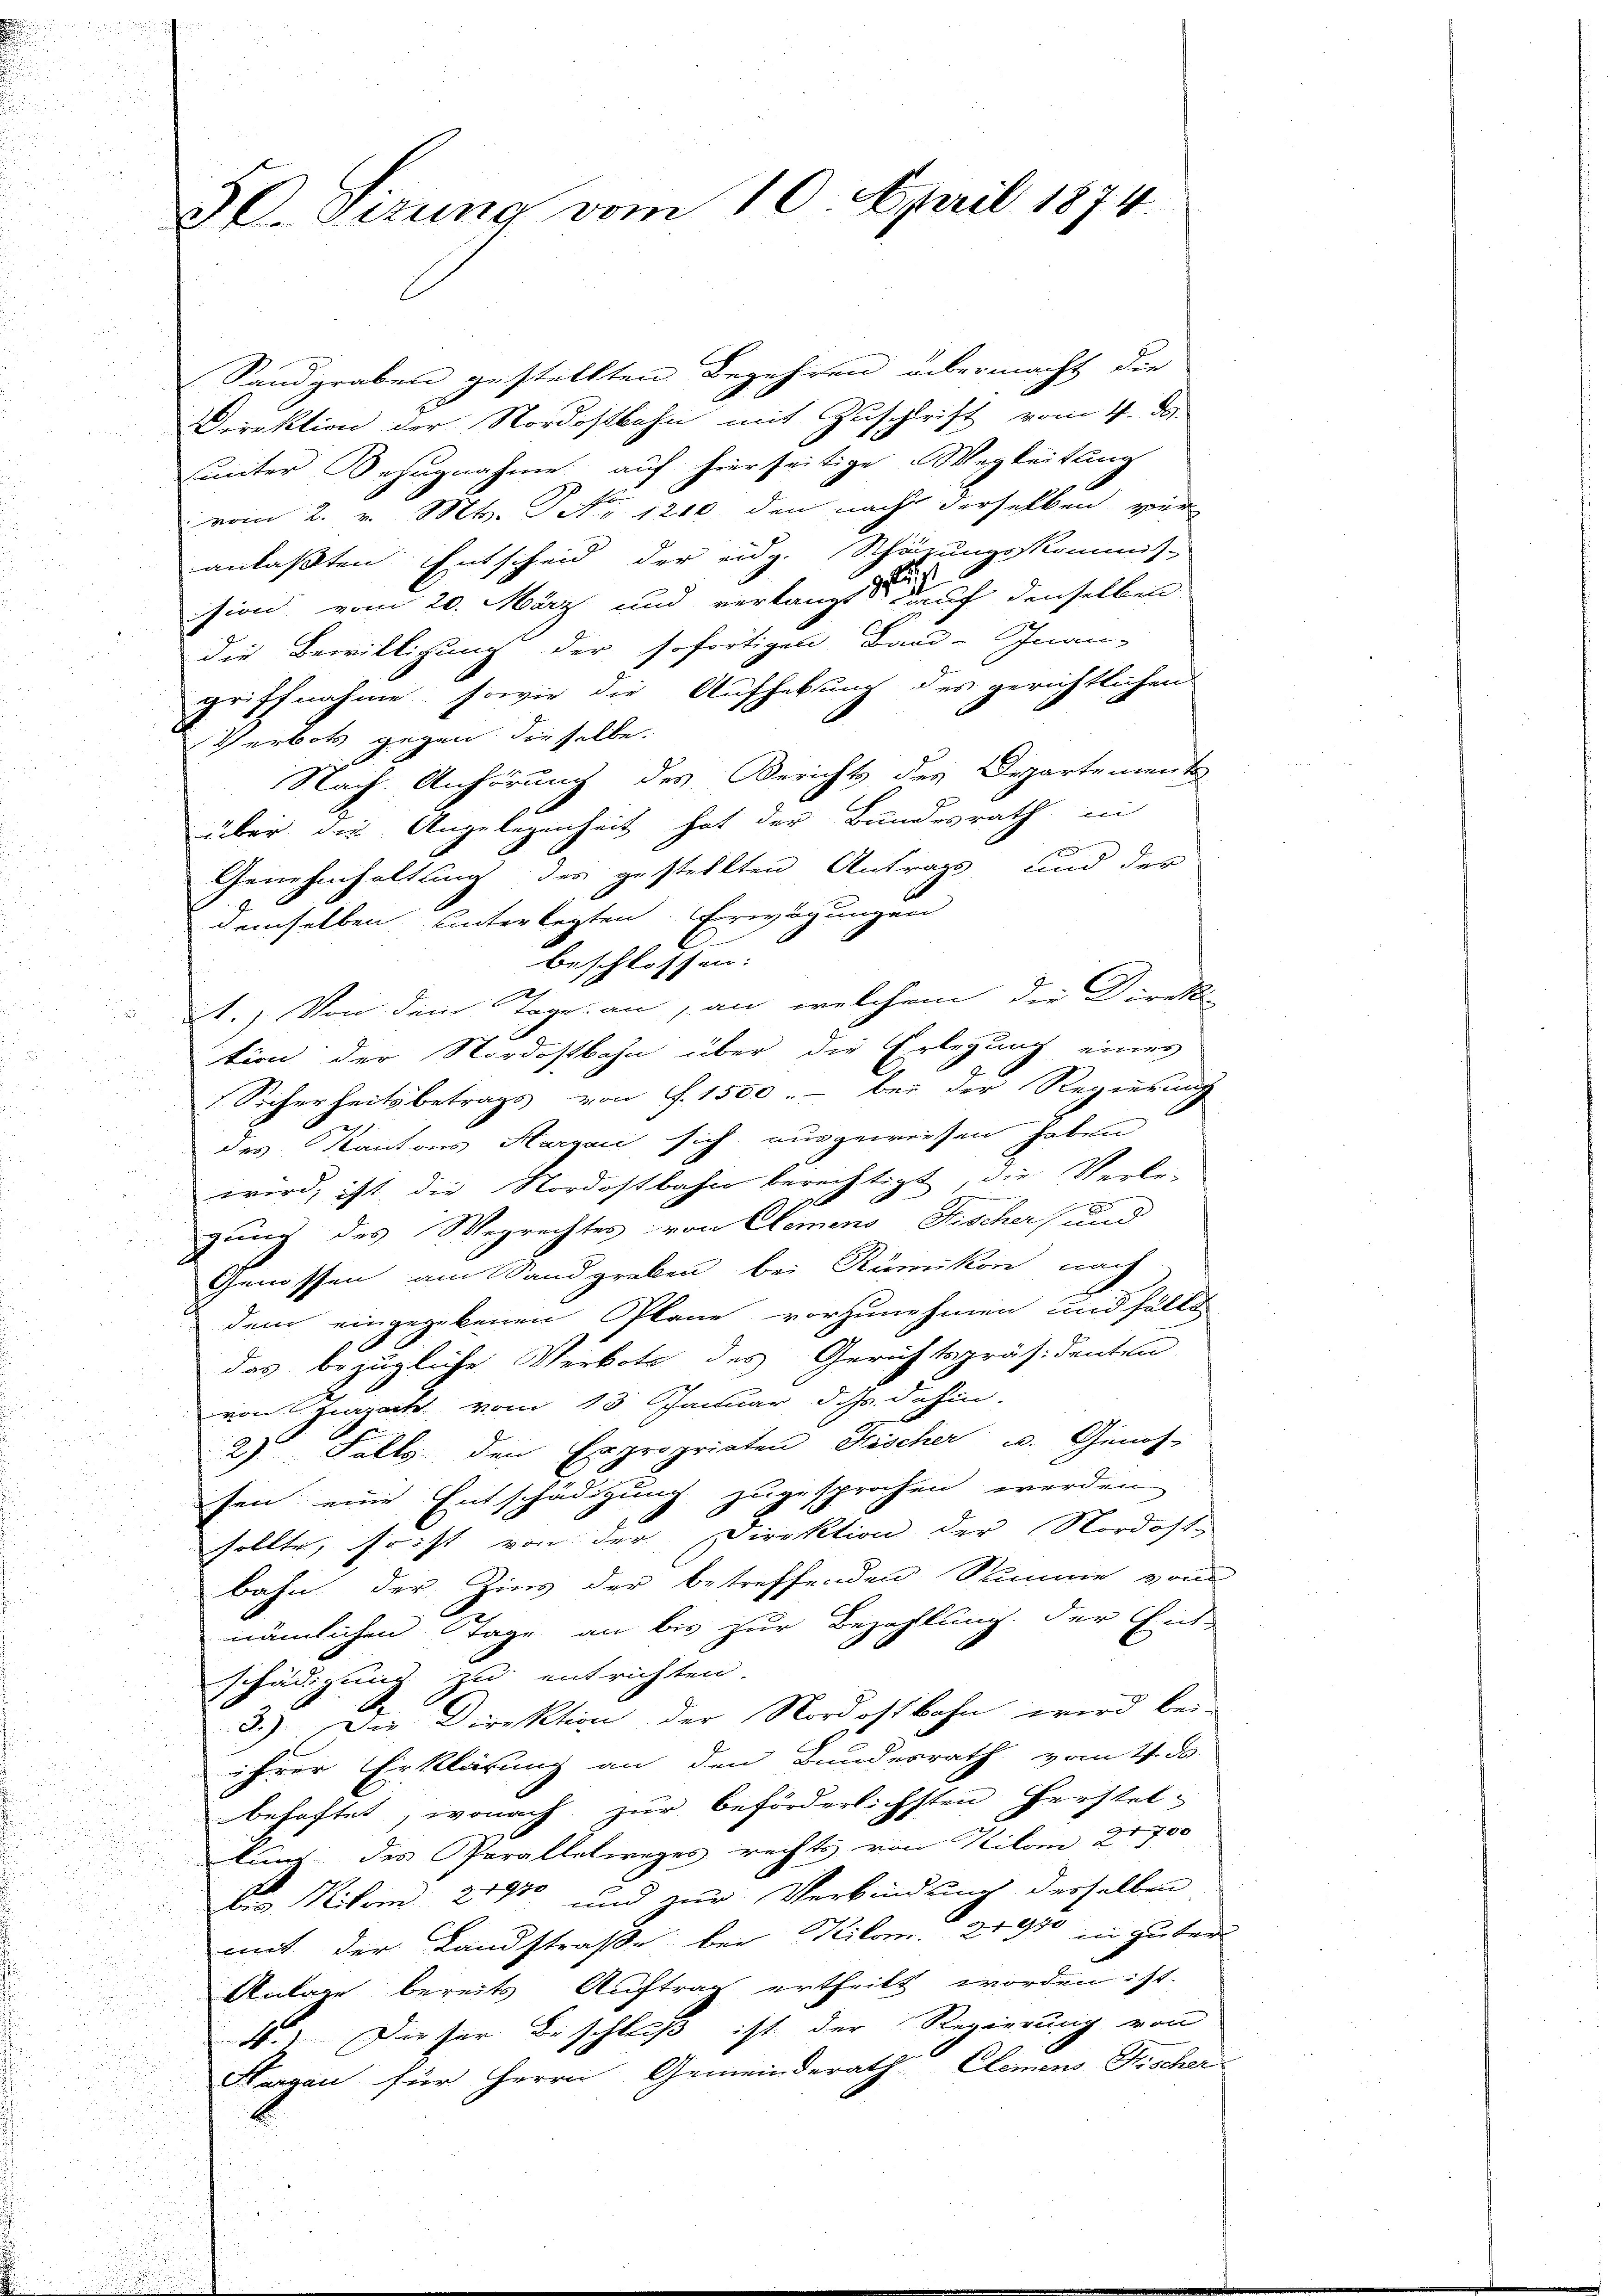
30. Sizung vom 10. April 1874.

Sandgraben gestellten Begehren übermacht die
Direktion der Nordostbahn mit Zuschrift vom 4. ds.
sunter Bezugnahme auf hierseitige Wegleitung
vom 2. v. Mts. Nr. 1210 den nach derselben ver
anlaßten Entscheid der eidg. Schäzungskommis-
2
sion vom 20. März und verlangt auf denselben
die Bewilligung der sofortigen Band-Inan-
griffnahme, sowie die Aufhebung des gerichtlichen
Ich erbots gegen dieselbe.
Nach Anhörung des Berichts des Departements
über die Angelegenheit hat der Bundesrath in
Genehmhaltung des gestellten Antrags und der
demselben unterlegten. Erwägungen
l.
beschlossen.
1.) Von dem Tage an an, welchem die Direkt
tion der Nordostbahn über die Erlegung einer
Sicherheitsbetrags von S. 1500.- bei der Regierung
des Kantons Hargau sich ausgeweisen haben
u
wird, ist, die Nordostbahn berechtigt, die Verle-
5
gung des Wegrechtes von Clemens Fischer und
Genossen am Sandgraben bei Rümikon nach
dem eingegebenen Pläne vorzunehmen und sollt
das bezügliche Verbote des Gerichtspräsidenten
von Zurzach vom 13. Januar d. Js. dahin.
2 Falls den Expropriaten Fischer u. Genos-
sen eine Entschädigung zugesprochen werden
sollte, frist von der Direktion der Nordost-
bahn der Zins der betreffenden Summe vom
nämlichen Tage an bis zur Bezahlung der Ent-
schädigung zu entrichten.
3.) Die Direktion der Nordostbahn wird bei-
ihrer Erklärung an den Bundesrath vom 4. d
behaftet, wonach zur beförderlichsten Herstellung des Parallelweges rechts von Kilom 21 700
¬
des Miter 219 und zur Verbindung desselben
mit der Landstraße bei Kilom. 21910 in guter
Anlage bereits Auftrag ertheilt worden ist.
4.) Dieser Beschluß ist der Regierung von
Hergan für Herrn Gemeinderath Clemens Fischer